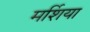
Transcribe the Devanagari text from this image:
मर्शिया